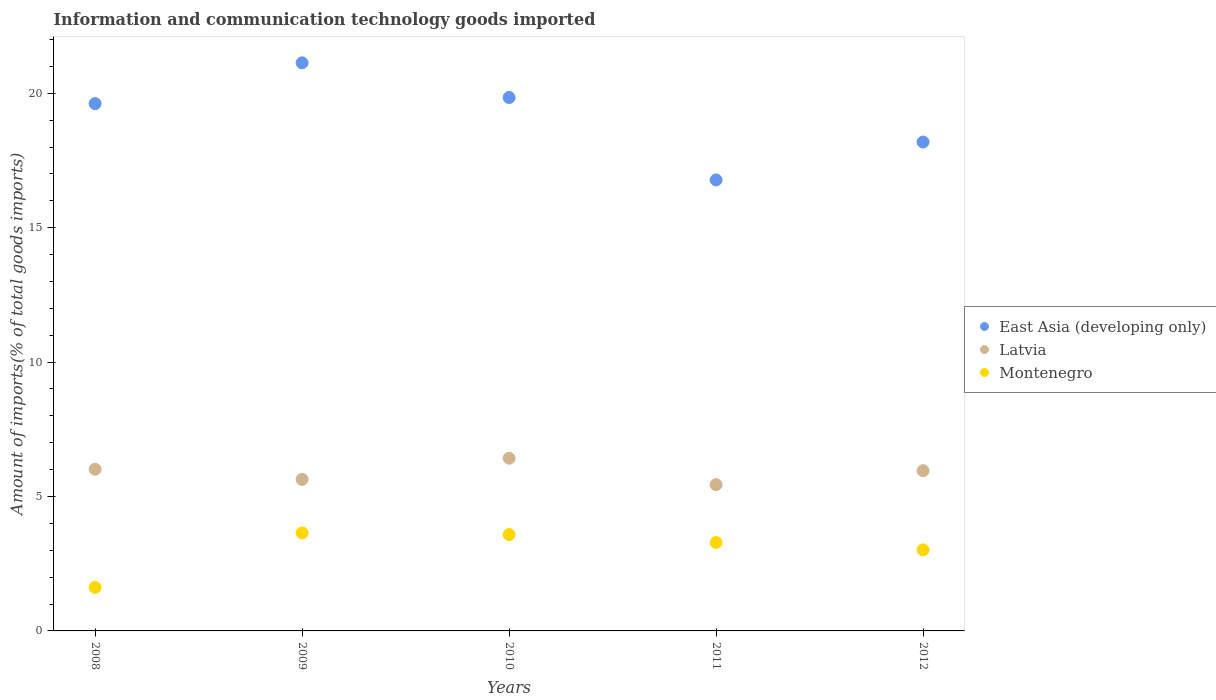
| Years | East Asia (developing only) | Latvia | Montenegro |
 | --- | --- | --- | --- |
 | 2008 | 19.6 | 6.01 | 1.62 |
 | 2009 | 21.1 | 5.64 | 3.64 |
 | 2010 | 19.8 | 6.42 | 3.58 |
 | 2011 | 16.8 | 5.44 | 3.29 |
 | 2012 | 18.2 | 5.96 | 3.02 |